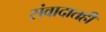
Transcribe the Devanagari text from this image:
संवादातही